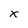
Character: x